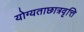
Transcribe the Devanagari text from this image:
योग्यताछात्रवृत्ति